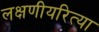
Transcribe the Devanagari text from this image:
लक्षणीयरित्या